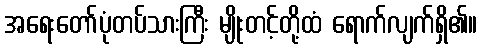
အရေးတော်ပုံတပ်သားကြီး မျိုးတင့်တို့ထံ ရောက်လျက်ရှိ၏။